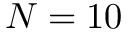
N = 1 0